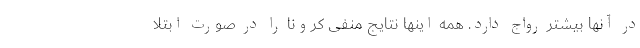
در آنها بیشتر رواج دارد. همه اینها نتایج منفی کرونا را در صورت ابتلا